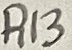
Text: R13